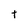
Character: t